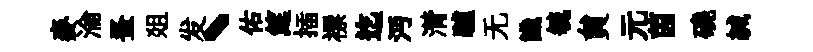
麥淪蚤爼发丶佑筵插褾迄沔潸驢无識毓貟元茵磽緘